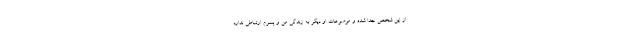
از این شخص جدا شده و موضوعات او دیگر به زندگی من و پسرم ارتباطی ندارد